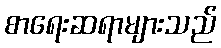
စာရေးဆရာများသည်